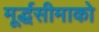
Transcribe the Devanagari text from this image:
मूर्द्धसीमाको